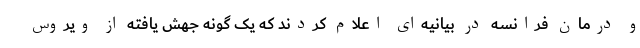
و درمان فرانسه در بیانیه‌ای اعلام کردند که یک گونه جهش یافته از ویروس